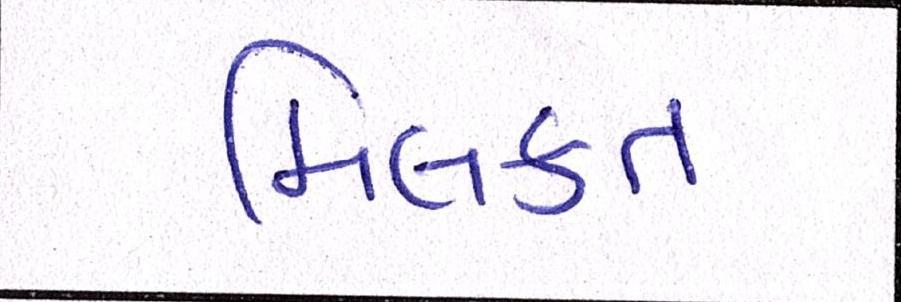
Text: મિલકત